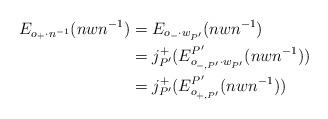
LaTeX: \begin{align*}E_{o_+\cdot n^{-1}}(nwn^{-1} ) &= E_{o_-\cdot w_{P'}}(nwn^{-1})\\& = j_{P'}^+(E^{P'}_{o_{-,P'}\cdot w_{P'}}(nwn^{-1}))\\& = j_{P'}^+(E^{P'}_{o_{+,P'}}(nwn^{-1}))\end{align*}